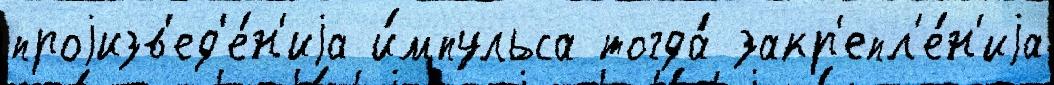
проjизв'ед'е́н'иjа и́мпульса тогда́ закр'епл'е́н'иjа